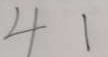
4 1